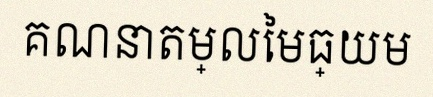
គណនាតម្លៃមធ្យម